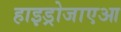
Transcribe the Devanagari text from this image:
हाइड्रोजाएआ